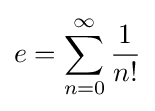
e=\sum _{n=0}^{\infty }{\frac {1}{n!}}